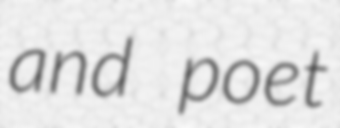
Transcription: and poet